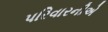
પરિવારનીએ